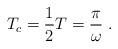
LaTeX: \begin{align*}T_c=\frac{1}{2}T=\frac{\pi}{\omega}\ .\end{align*}